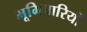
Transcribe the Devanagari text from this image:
भूमिचारियों